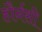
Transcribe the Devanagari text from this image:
हौर्नसी